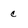
Character: c